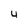
Character: 4